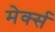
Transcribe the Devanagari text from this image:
मेर्क्स